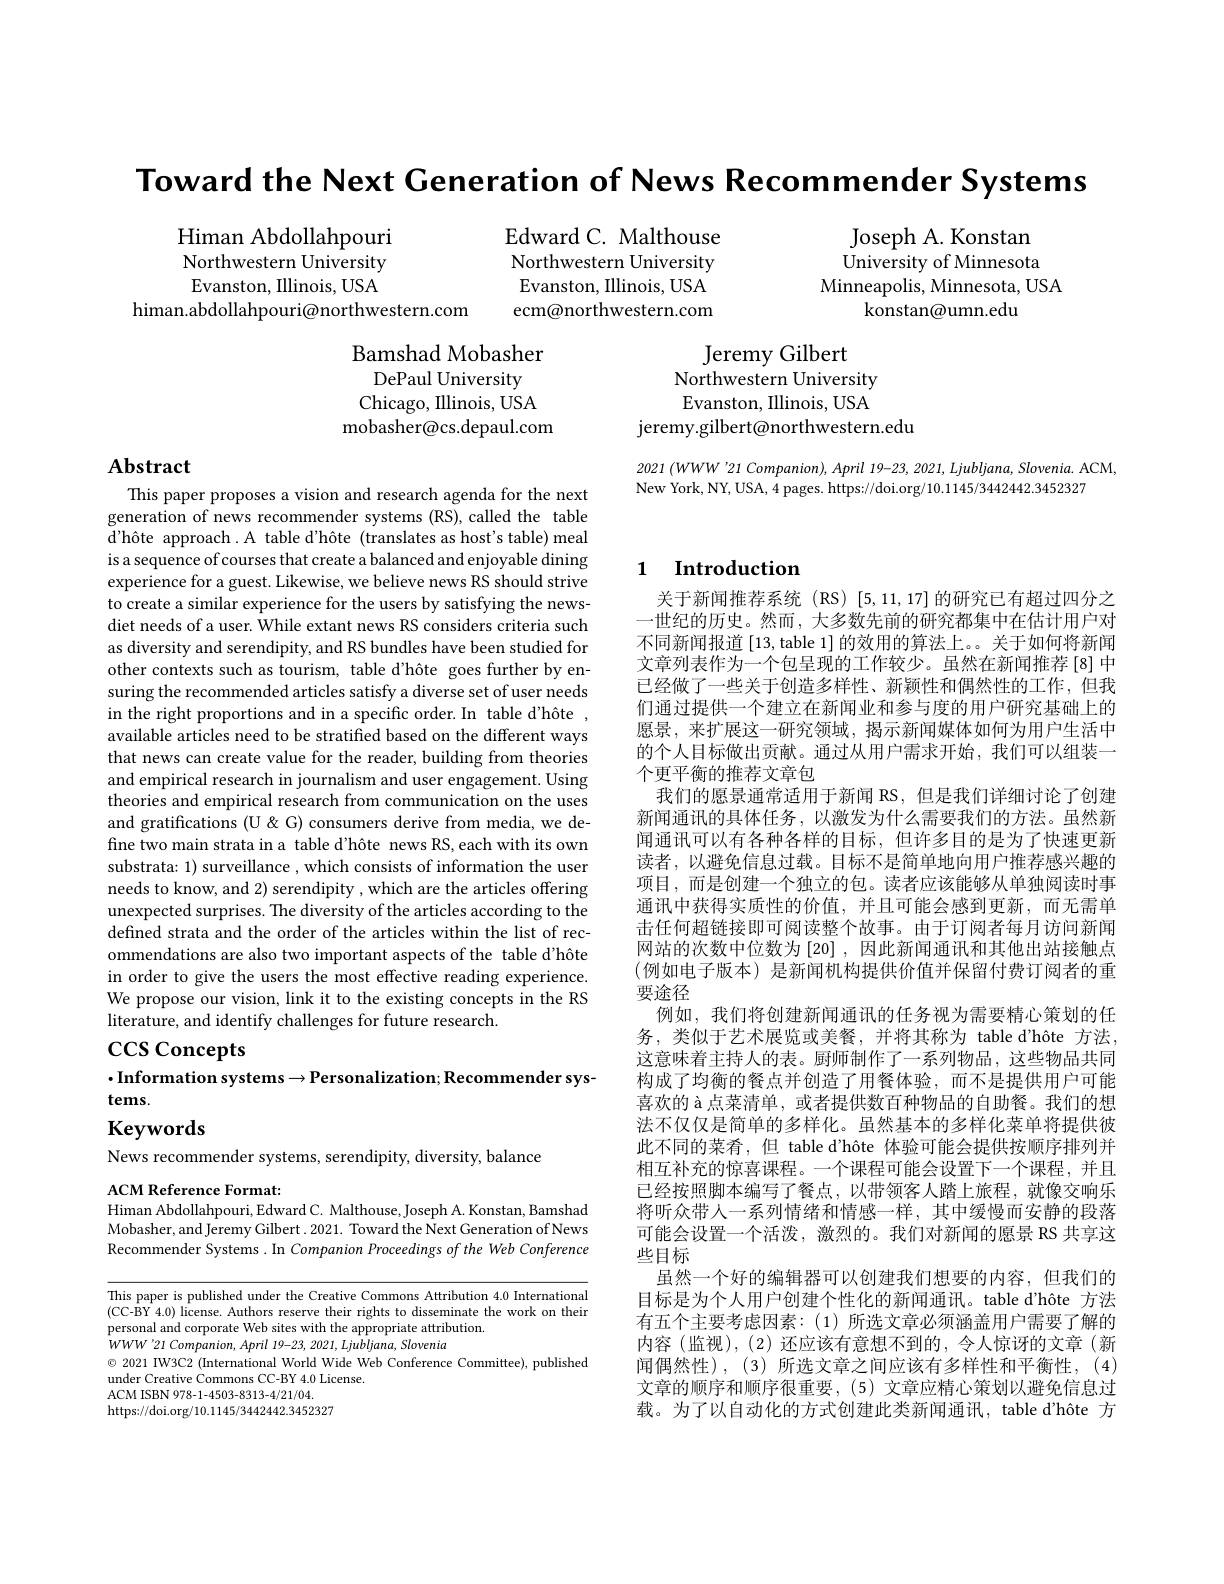
Toward the Next Generation of News Recommender Systems

Himan Abdollahpouri
Edward C. Malthouse
Northwestern University
Northwestern University
Evanston, Illinois, USA
Evanston, Illinois, USA
himan.abdollahpouri@northwestern.com
ecm@northwestern.com

Joseph A. Konstan University of Minnesota
Minneapolis, Minnesota, USA
konstan@umn.edu

Bamshad Mobasher
DePaul University
Chicago, Illinois, USA mobasher@cs.depaul.com

Jeremy Gilbert
Northwestern University Evanston, Illinois, USA
jeremy.gilbert@northwestern.edu

## Abstract

$2021\left(WWW’21\text{ Companion), April 19-23, 2021, Ljubljana, Slovenia. ACM,}\right)$
New York, NY, USA, 4 pages. https://doi.org/10.1145/3442442.3452327

## 1 Introduction

This paper proposes a vision and research agenda for the next generation of news recommender systems (RS),called the table d'hôte approach.A table d'hôte (translates as host's table)meal is a sequence of courses that create a balanced and enjoyable dining experience for a guest. Likewise, we believe news RS should strive to create a similar experience for the users by satisfying the newsdiet needs of a user. While extant news RS considers criteria such as diversity and serendipity, and RS bundles have been studied for other contexts such as tourism, table d'hôte goes further by ensuring the recommended articles satisfy a diverse set of user needs in the right proportions and in a specific order. In table d'hôte , available articles need to be stratified based on the different ways that news can create value for the reader, building from theories and empirical research in journalism and user engagement. Using theories and empirical research from communication on the uses and gratifications (U &G) consumers derive from media, we define two main strata in a table d'hôte news RS,each with its own substrata: 1) surveillance , which consists of information the user needs to know, and 2) serendipity , which are the articles offering unexpected surprises. The diversity of the articles according to the defined strata and the order of the articles within the list of recommendations are also two important aspects of the table d'hôte in order to give the users the most effective reading experience. We propose our vision, link it to the existing concepts in the RS literature, and identify challenges for future research.
$\csc$Concepts

关于新闻推荐系统(RS)[5,11,17]的研究已有超过四分之一世纪的历史。然而，大多数先前的研究都集中在估计用户对不同新闻报道[13,table 1]的效用的算法上。。关于如何将新闻文章列表作为一个包呈现的工作较少。虽然在新闻推荐[8] 中已经做了一些关于创造多样性、新颖性和偶然性的工作，但我们通过提供一个建立在新闻业和参与度的用户研究基础上的愿景，来扩展这一研究领域，揭示新闻媒体如何为用户生活中的个人目标做出贡献。通过从用户需求开始，我们可以组装一个更平衡的推荐文章包
我们的愿景通常适用于新闻 RS, 但是我们详细讨论了创建新闻通讯的具体任务，以激发为什么需要我们的方法。虽然新闻通讯可以有各种各样的目标，但许多目的是为了快速更新读者，以避免信息过载。目标不是简单地向用户推荐感兴趣的项目，而是创建一个独立的包。读者应该能够从单独阅读时事通讯中获得实质性的价值，并且可能会感到更新，而无需单击任何超链接即可阅读整个故事。由于订阅者每月访问新闻网站的次数中位数为[20] ,因此新闻通讯和其他出站接触点(例如电子版本)是新闻机构提供价值并保留付费订阅者的重要途径
例如，我们将创建新闻通讯的任务视为需要精心策划的任务，类似于艺术展览或美餐，并将其称为 table d'hôte 方法， 这意味着主持人的表。厨师制作了一系列物品，这些物品共同构成了均衡的餐点并创造了用餐体验，而不是提供用户可能喜欢的 à 点菜清单，或者提供数百种物品的自助餐。我们的想法不仅仅是简单的多样化。虽然基本的多样化菜单将提供彼此不同的莱肴，但 table d'hôte 体验可能会提供按顺序排列并相互补充的惊喜课程。一个课程可能会设置下一个课程，并且已经按照脚本编写了餐点，以带领客人踏上旅程，就像交响乐将听众带人一系列情绪和情感一样，其中缓慢而安静的段落可能会设置一个活泼，激烈的。我们对新闻的愿景 RS 共享这些目标
虽然一个好的编辑器可以创建我们想要的内容，但我们的目标是为个人用户创建个性化的新闻通讯。table d'hôte 方法有五个主要考虑因素：(1)所选文章必须涵盖用户需要了解的内容(监视),(2)还应该有意想不到的，令人惊讶的文章(新闻偶然性),(3)所选文章之间应该有多样性和平衡性，(4) 文章的顺序和顺序很重要，(5) 文章应精心策划以避免信息过载。为了以自动化的方式创建此类新闻通讯，table d'hôte 方

## $\cdot$Information systems$\to$Personalization; Recommender systems. Keywords

News recommender systems, serendipity, diversity, balance

ACM Reference Format
Himan Abdollahpouri, Edward C. Malthouse, Joseph A. Konstan, Bamshad

$\hat{\text{Mobasher, and Jeremy Gilbert. 2021. Toward the Next Generation of News}}$ Recommender Systems. In Companion Proceedings of the Web Conference

This paper is published under the Creative Commons Attribution 4.0 International (CC-BY 4.0) license. Authors reserve their rights to disseminate the work on their personal and corporate Web sites with the appropriate attribution.
$\dot {WWW}^{\prime }21$ $Companion$, April 19-23, 2021, $Ljubljana$, Slovenia
$\odot$ 2021 IW3C2 (International World Wide Web Conference Committee), published
under Creative Commons CC-BY 4.0 License.
ACM ISBN 978-1-4503-8313-4/21/04. https://doi.org/10.1145/3442442.3452327